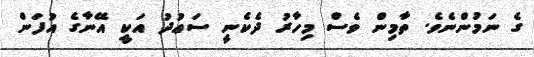
ގެ ނަމުންނެވެ. ތާމިން ވެސް މިހާރު ދެކެނީ ސަޢުދު އަކީ އޭނާގެ އުފަން